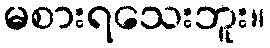
မစားရသေးဘူး။